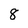
Character: 8